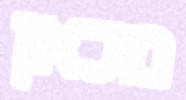
מכאן